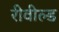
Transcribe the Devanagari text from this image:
रीवील्ड